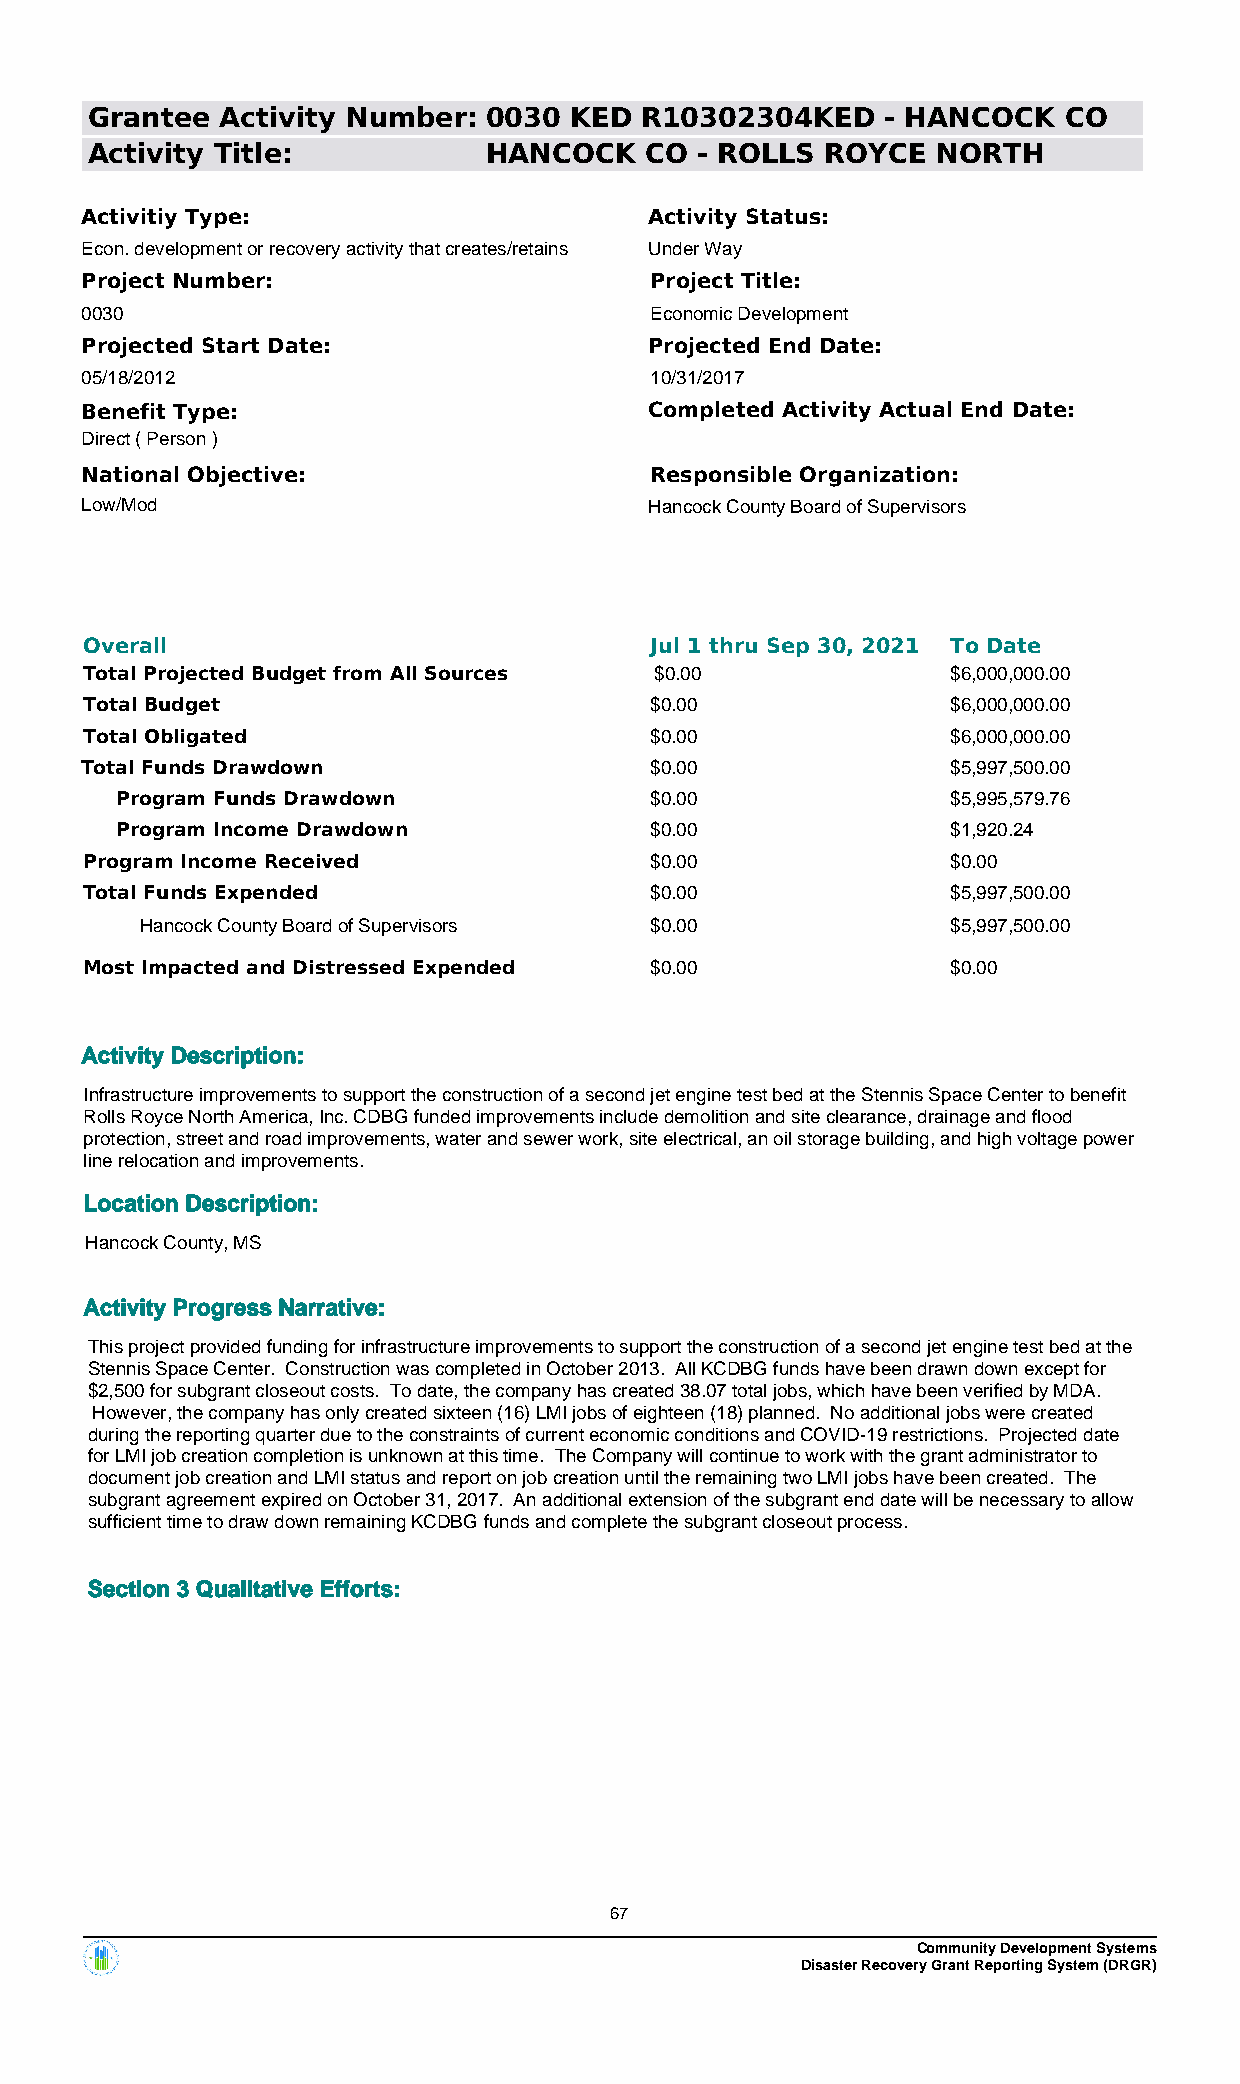
Grantee  Activity Number: 0030  KED R10302304KED     - HANCOCK  CO
 Activity Title:           HANCOCK    CO - ROLLS  ROYCE  NORTH
 Activitiy Type:                       Activity Status:
 Econ. development or recovery activity that creates/retains Under Way
 Project Number:                       Project Title:
 0030                                  Economic Development
 Projected Start Date:                 Projected End Date:
 05/18/2012                            10/31/2017
 Benefit Type:                         Completed Activity Actual End Date:
 Direct ( Person )
 National Objective:                   Responsible Organization:
 Low/Mod                               Hancock County Board of Supervisors
 Overall                              Jul 1 thru Sep 30, 2021 To Date
 Total Projected Budget from All Sources $0.00            $6,000,000.00
 Total Budget                         $0.00               $6,000,000.00
 Total Obligated                      $0.00               $6,000,000.00
 Total Funds Drawdown                  $0.00               $5,997,500.00
 Program Funds Drawdown             $0.00               $5,995,579.76
 Program Income Drawdown            $0.00               $1,920.24
 Program Income Received              $0.00               $0.00
 Total Funds Expended                 $0.00               $5,997,500.00
 Hancock County Board of Supervisors $0.00             $5,997,500.00
 Most Impacted and Distressed Expended $0.00              $0.00
 Activity Description:
 Infrastructure improvements to support the construction of a second jet engine test bed at the Stennis Space Center to benefit
 Rolls Royce North America, Inc. CDBG funded improvements include demolition and site clearance, drainage and flood
 protection, street and road improvements, water and sewer work, site electrical, an oil storage building, and high voltage power
 line relocation and improvements.
 Location Description:
 Hancock County, MS
 Activity Progress Narrative:
 This project provided funding for infrastructure improvements to support the construction of a second jet engine test bed at the
 Stennis Space Center. Construction was completed in October 2013. All KCDBG funds have been drawn down except for
 $2,500 for subgrant closeout costs. To date, the company has created 38.07 total jobs, which have been verified by MDA.
 However, the company has only created sixteen (16) LMI jobs of eighteen (18) planned. No additional jobs were created
 during the reporting quarter due to the constraints of current economic conditions and COVID-19 restrictions. Projected date
 for LMI job creation completion is unknown at this time. The Company will continue to work with the grant administrator to
 document job creation and LMI status and report on job creation until the remaining two LMI jobs have been created. The
 subgrant agreement expired on October 31, 2017. An additional extension of the subgrant end date will be necessary to allow
 sufficient time to draw down remaining KCDBG funds and complete the subgrant closeout process.
 Section 3 Qualitative Efforts:
 67
 Community Development Systems
 Disaster Recovery Grant Reporting System (DRGR)